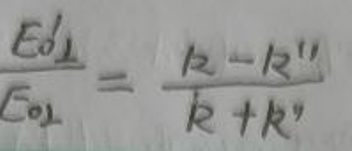
\[
\frac{E_{0\perp}'}{E_{0\perp}}=\frac{k - k'}{k + k'}
\]